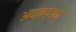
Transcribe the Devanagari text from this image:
अन्वष्टका